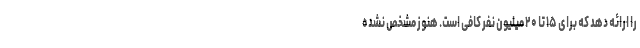
را ارائه دهد که برای ۱۵ تا ۲۰ میلیون نفر کافی است. هنوز مشخص نشده